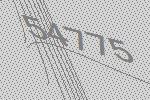
54775